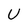
Character: U